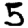
Digit: 5